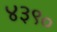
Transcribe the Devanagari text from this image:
४३९०